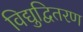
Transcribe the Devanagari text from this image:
विद्युद्वितरण